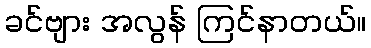
ခင်ဗျား အလွန် ကြင်နာတယ်။